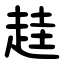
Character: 䞨